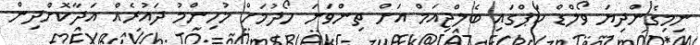
ނިމިގެންދިޔަ ވޯލްޑް ކަޕްގައި ބެލްޖިއަމް އަށް ތިންވަނަ ހޯދުމަށް މުހިންމު ދައުރެއް އަދާކޮށްދިން